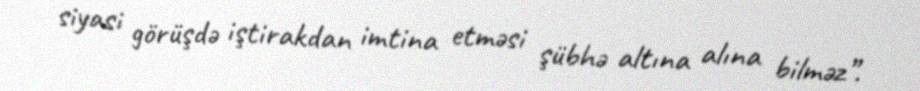
siyasi görüşdə iştirakdan imtina etməsi şübhə altına alına bilməz”.